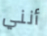
أنني